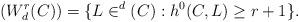
LaTeX: \begin{align*} (W^r_d(C)) = \{L \in ^d(C): h^0(C, L) \ge r+1\}.\end{align*}